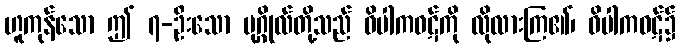
ဟူကုန်သော ဤ ၇-ဦးသော ပုဂ္ဂိုလ်တို့သည် ဝိပါကဝဋ်ကို လိုလားကြ၏၊ ဝိပါကဝဋ်၌